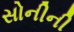
સોનીની